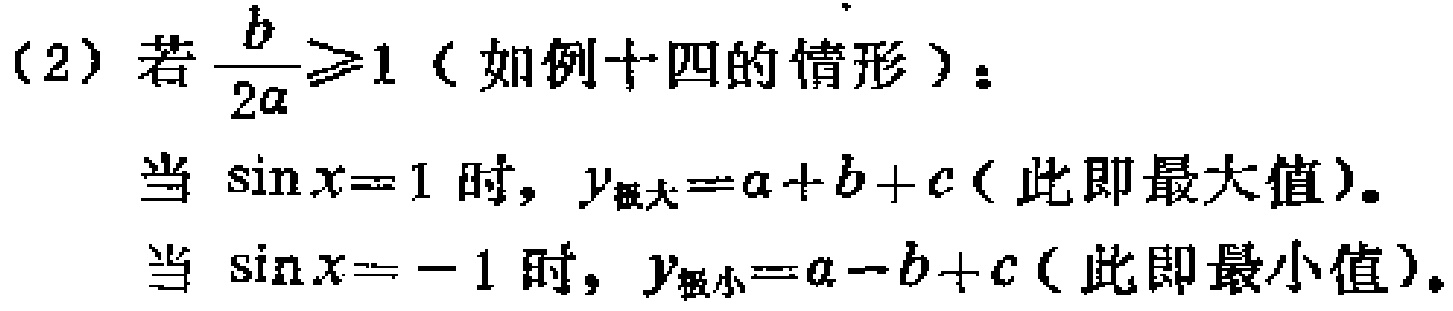
(2) 若$\frac{b}{2a}\geqslant1$（如例十四的情形）：
当$\sin x = 1$时，$y_{最大}=a + b + c$（此即最大值）。
当$\sin x = - 1$时，$y_{最小}=a - b + c$（此即最小值）。